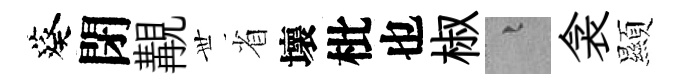
葵閉覯𠀍省壞枇也椒融衾顯